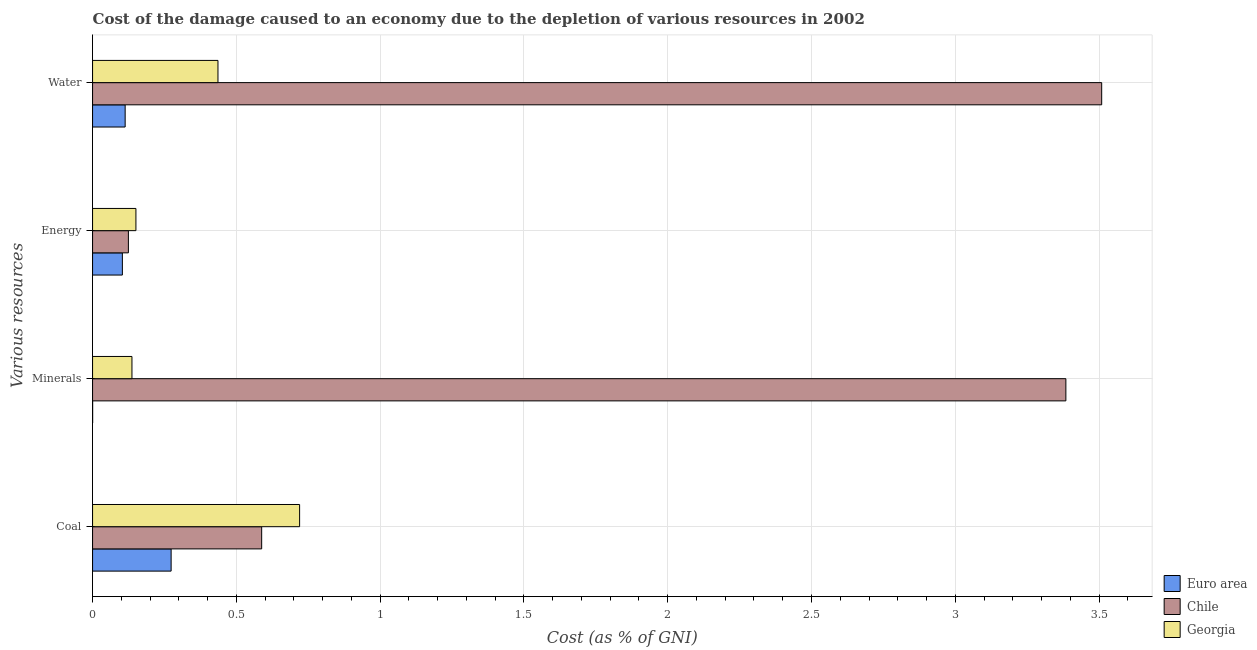
| Various resources | Euro area | Chile | Georgia |
 | --- | --- | --- | --- |
 | Coal | 0.273 | 0.588 | 0.72 |
 | Minerals | 0.000242 | 3.38 | 0.137 |
 | Energy | 0.104 | 0.125 | 0.151 |
 | Water | 0.113 | 3.51 | 0.436 |